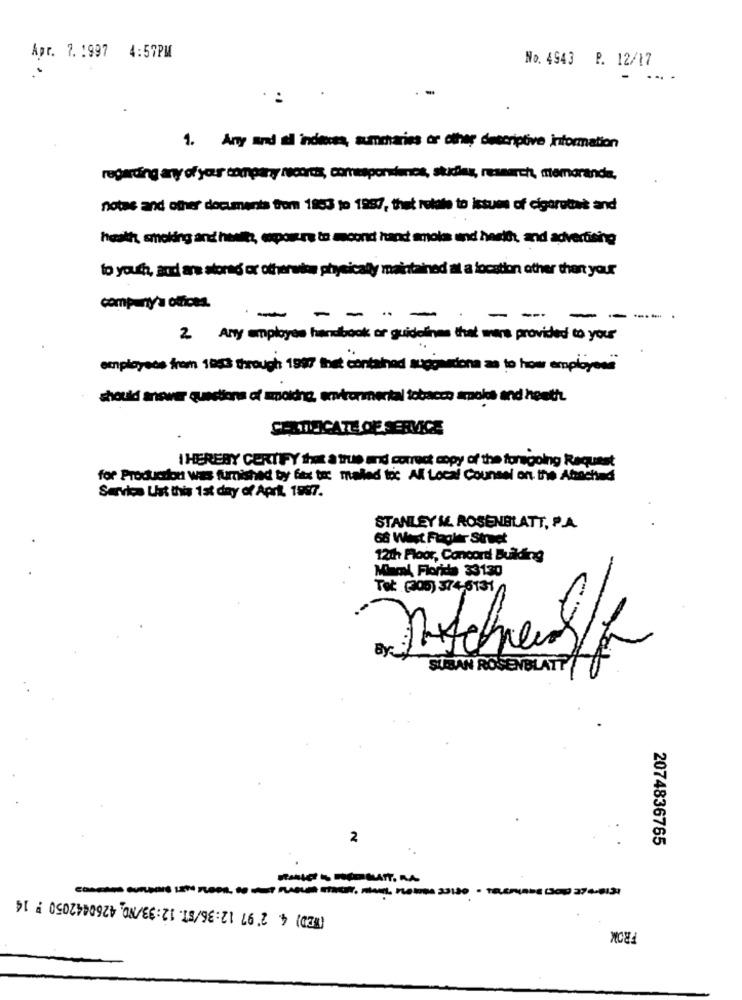
Apr. 7. 1997 4:57PM
No. 4943 P. 12/17
...
-
:
1. Any and al indieces, summaries or other descriptive information
regarding any of your company records, correporienos, studies, research, memoranda,
notas and other documents from 1993 to 1987, that reldie to istums of cigarettes and
heath, smoking and hesita, exposure to ancond hand smole und herifht, and advertising
to your, and are stored or otherwise physically maintained al a location other than your
company's offices.
--
----
- -
-
2. Any employee handbook or guidelines that were provided to your
employees from 1943 through 1987 that contained suggestions as to how employees
should answer questions of moldhe, envonmental tobacco smoke and heath.
CERTIFICATE OF SERVICE
I HEREBY CERTIFY that a true and correct copy of the foregoing Request
for Production was furnished boy fax toc mailed toc Al Local Counsel on the Abochad
Service Ust this 1st day of April 1987.
STANLEY &. ROSENBLATT, P.A.
68 West Flagler Street
12th Floor, Concord Building
Miami Florida 33130
Tel: (305) 374-6131
Aschauff
SUBAN ROSENBLATT
2
2074836765
----- anpass - zes, so mut suGUR SKY, mert, newNA 33130 · TELERIADE (SOP) 274-813:
(TED) 4. 2'97 12:36/ST. 12:33/NO. 4260442050 : 14